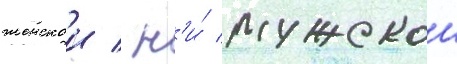
женскои / н'и́ мужскои